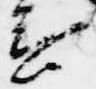
言